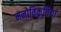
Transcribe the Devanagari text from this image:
मनोविकृतियां